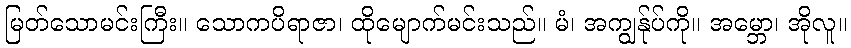
မြတ်သောမင်းကြီး။ သောကပိရာဇာ၊ ထိုမျောက်မင်းသည်။ မံ၊ အကျွန်ုပ်ကို။ အမ္ဘော၊ အိုလူ။